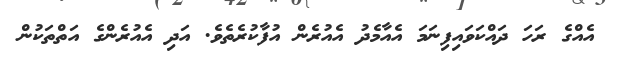
އެއްގެ ރަހަ ދައްކަވައިފިނަމަ އެއާމެދު އެއުރެން އުފާކުރެތެވެ. އަދި އެއުރެންގެ އަތްތަކުން